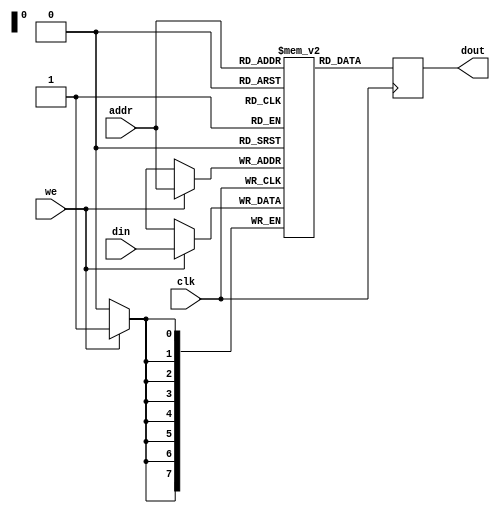
module DRAM (
    input wire clk,
    input wire [7:0] addr,
    input wire [7:0] din,
    input wire we,
    output reg [7:0] dout
);

reg [7:0] memory[0:255];

always @(posedge clk) begin
    if (we) begin
        memory[addr] <= din;
    end
    dout <= memory[addr];
end

endmodule